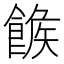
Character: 𩝍